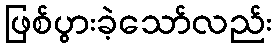
ဖြစ်ပွားခဲ့သော်လည်း